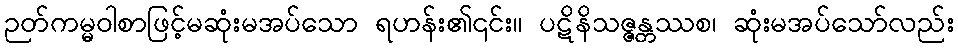
ဉတ်ကမ္မဝါစာဖြင့်မဆုံးမအပ်သော ရဟန်း၏၎င်း။ ပဋိနိသဇ္ဇန္တဿစ၊ ဆုံးမအပ်သော်လည်း